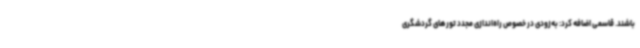
باشند. قاسمی اضافه کرد: به‌زودی در خصوص راه‌اندازی مجدد تورهای گردشگری